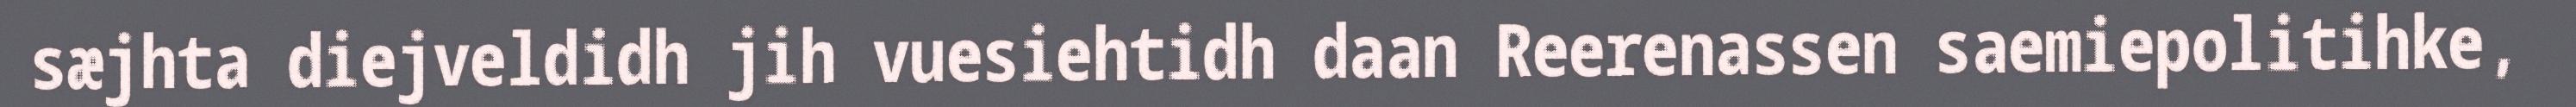
sæjhta diejveldidh jih vuesiehtidh daan Reerenassen saemiepolitihke,